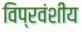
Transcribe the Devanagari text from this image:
विप्रवंशीय